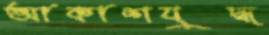
আকাশযুদ্ধ